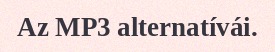
Az MP3 alternatívái.